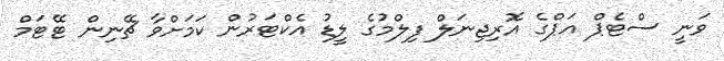
ވަނީ ސްޓެޕް އަޕްގެ އޮރިޖިނަލް ފިލްމުގެ ލީޑު އެކްޓަރުން ކަމަށްވާ ޗޭނިން ޓޭޓަމް